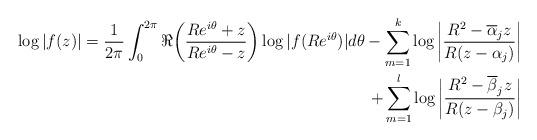
LaTeX: \begin{align*}\log|f(z)| = \frac{1}{2\pi}\int_{0}^{2\pi}\Re\bigg(\frac{Re^{i\theta}+z}{Re^{i\theta}-z}\bigg)\log|f(Re^{i\theta})|d\theta - \sum_{m=1}^{k}\log\bigg|\frac{R^{2}-\overline{\alpha}_jz}{R(z-\alpha_j)}\bigg|\\ + \sum_{m=1}^{l}\log\bigg|\frac{R^{2}-\overline{\beta}_jz}{R(z-\beta_j)}\bigg|\end{align*}